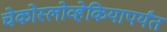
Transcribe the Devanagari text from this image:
चेकोस्लोव्हेकियापर्यंत